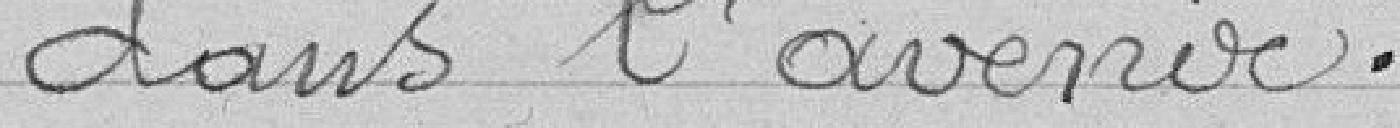
dans l'avenir.